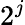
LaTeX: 2^{j}